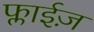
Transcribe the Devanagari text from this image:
फ्लाईज़